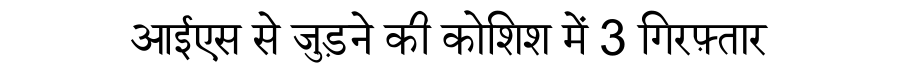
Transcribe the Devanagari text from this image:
आईएस से जुड़ने की कोशिश में 3 गिरफ़्तार